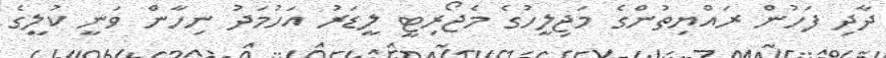
ދާދި ފަހުން ރައްޔިތުންގެ މަޖިލީހުގެ މެޖޯރިޓީ ލީޑަރު އަހުމަދު ނިހާން ވަނީ ކުލީގެ